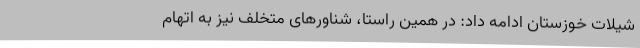
شیلات خوزستان ادامه داد: در همین راستا، شناورهای متخلف نیز به اتهام